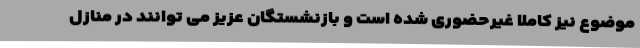
موضوع نیز کاملا غیرحضوری شده است و بازنشستگان عزیز می توانند در منازل